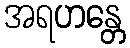
အရဟန္တေ